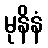
မုနိနံ